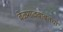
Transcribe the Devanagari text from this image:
बेळगावबाबतचा